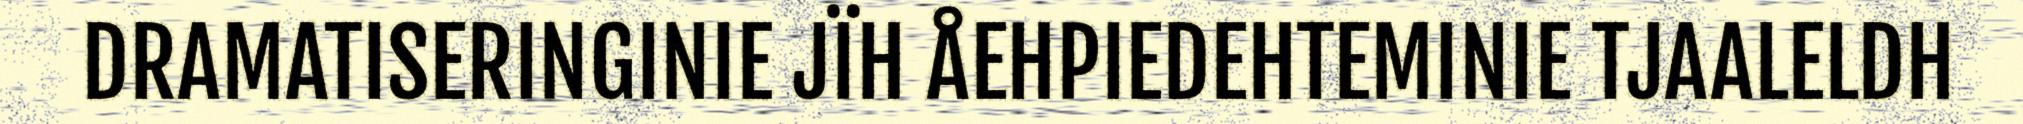
DRAMATISERINGINIE JÏH ÅEHPIEDEHTEMINIE TJAALELDH